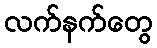
လက်နက်တွေ